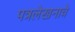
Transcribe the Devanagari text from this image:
पत्रलेखनाचे